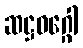
ဆဋ္ဌဝဂ္ဂေါ